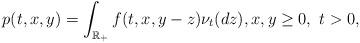
LaTeX: \begin{align*}p(t,x,y)=\int_{\mathbb{R}_+}f(t,x,y-z)\nu_t(dz), x,y\ge0, \ t>0,\end{align*}